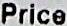
PRICE